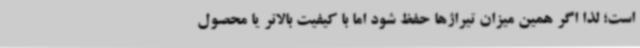
است؛ لذا اگر همین میزان تیراژها حفظ شود اما با کیفیت بالاتر یا محصول